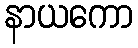
နာယကော